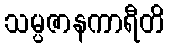
သမ္ပဇာနကာရီတိ